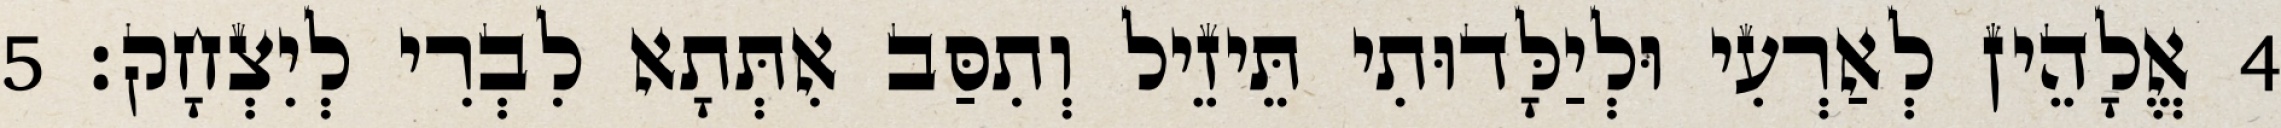
4 אֱלָהֵין לְאַרְעִי וּלְיַלָּדוּתִי תֵּיזֵיל וְתִסַּב אִתְּתָא לִבְרִי לְיִצְחָק׃ 5